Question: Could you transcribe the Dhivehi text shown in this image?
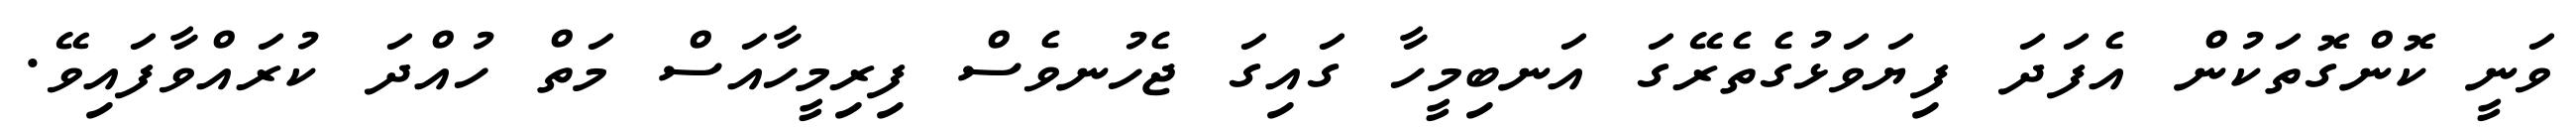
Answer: ވަނީ ކޮންގޮތަކުން އެފަދަ ފިޔަވަޅުގެތެރޭގަ އަނބިމީހާ ގައިގަ ޖެހުނވެސް ފިރިމީހާއަސް މަތް ހުއްދަ ކުރައްވާފައިވޭ.